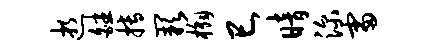
逝皤搏缺槲巳暗深雷